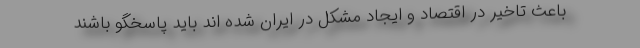
باعث تاخیر در اقتصاد و ایجاد مشکل در ایران شده اند باید پاسخگو باشند